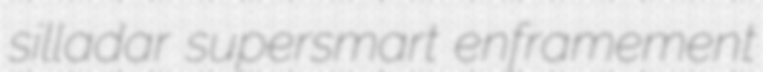
silladar supersmart enframement